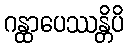
ဂန္ထာပေဿန္တိပိ